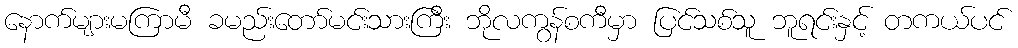
နောက်များမကြာမီ ခမည်းတော်မင်းသားကြီး ဘိုလကွန်စကီမှာ ပြင်သစ်သူ ဘူရင်းနှင့် တကယ်ပင်